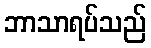
ဘာသာရပ်သည်